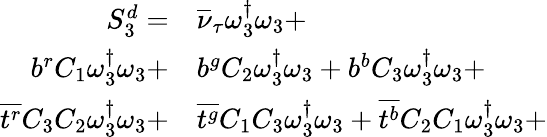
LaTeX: \begin{array}{rl}{S_{3}^{d}=}&{{}{\overline{{\nu}}_{\tau}}\omega_{3}^{\dagger}\omega_{3}+}\\ {{b}^{r}{C_{1}}\omega_{3}^{\dagger}\omega_{3}+}&{{}{b}^{g}{C_{2}}\omega_{3}^{\dagger}\omega_{3}+{b}^{b}{C_{3}}\omega_{3}^{\dagger}\omega_{3}+}\\ {\overline{{t^{r}}}{C_{3}}{C_{2}}\omega_{3}^{\dagger}\omega_{3}+}&{{}\overline{{t^{g}}}{C_{1}}{C_{3}}\omega_{3}^{\dagger}\omega_{3}+\overline{{t^{b}}}{C_{2}}{C_{1}}\omega_{3}^{\dagger}\omega_{3}+}\end{array}